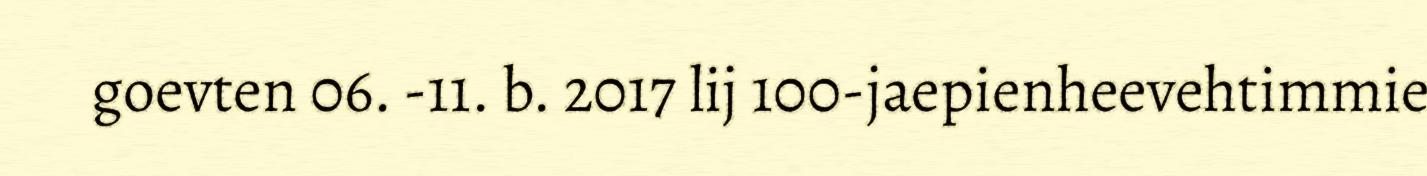
goevten 06. -11. b. 2017 lij 100-jaepienheevehtimmie